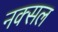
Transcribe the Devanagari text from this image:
नक्‍सल